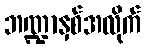
ဘဏ္ဍာနှစ်အလိုက်